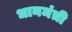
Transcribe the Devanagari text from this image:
धानमंत्री